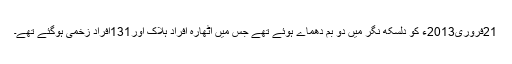
21فروری2013ء کو دلسکھ نگر میں دو بم دھماے ہوئے تھے جس میں اٹھارہ افراد ہلاک اور131افراد زخمی ہوگئے تھے۔